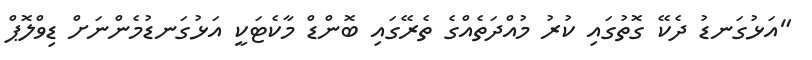
"އަޅުގަނޑު ދެކޭ ގޮތުގައި ކުރު މުއްދަތެއްގެ ތެރޭގައި ބޮންޑް މާކެޓަކީ އަޅުގަނޑުމެންނަށް ޑިވްލޮޕް